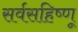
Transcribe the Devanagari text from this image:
सर्वसहिष्णू